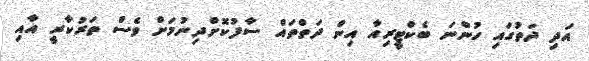
އަދި ދަތުގައި ހުންނަ ބެކްޓީރިއާ އިން ދަތްތައް ސާފުކޮށްދިނުމަށް ވެސް ތަރުކާރީ އާއި